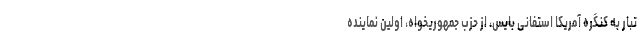
تبار به کنگره آمریکا استفانی بایس، از حزب جمهوریخواه، اولین نماینده